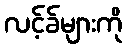
လင့်ခ်များကို